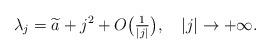
LaTeX: \begin{align*}\lambda_j=\widetilde a+j^2+O\big(\tfrac1{|j|}\big),\quad|j|\to+\infty.\end{align*}